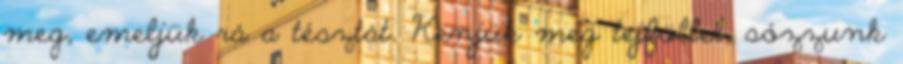
meg, emeljük rá a tésztát. Kenjük meg tejföllel, sózzunk